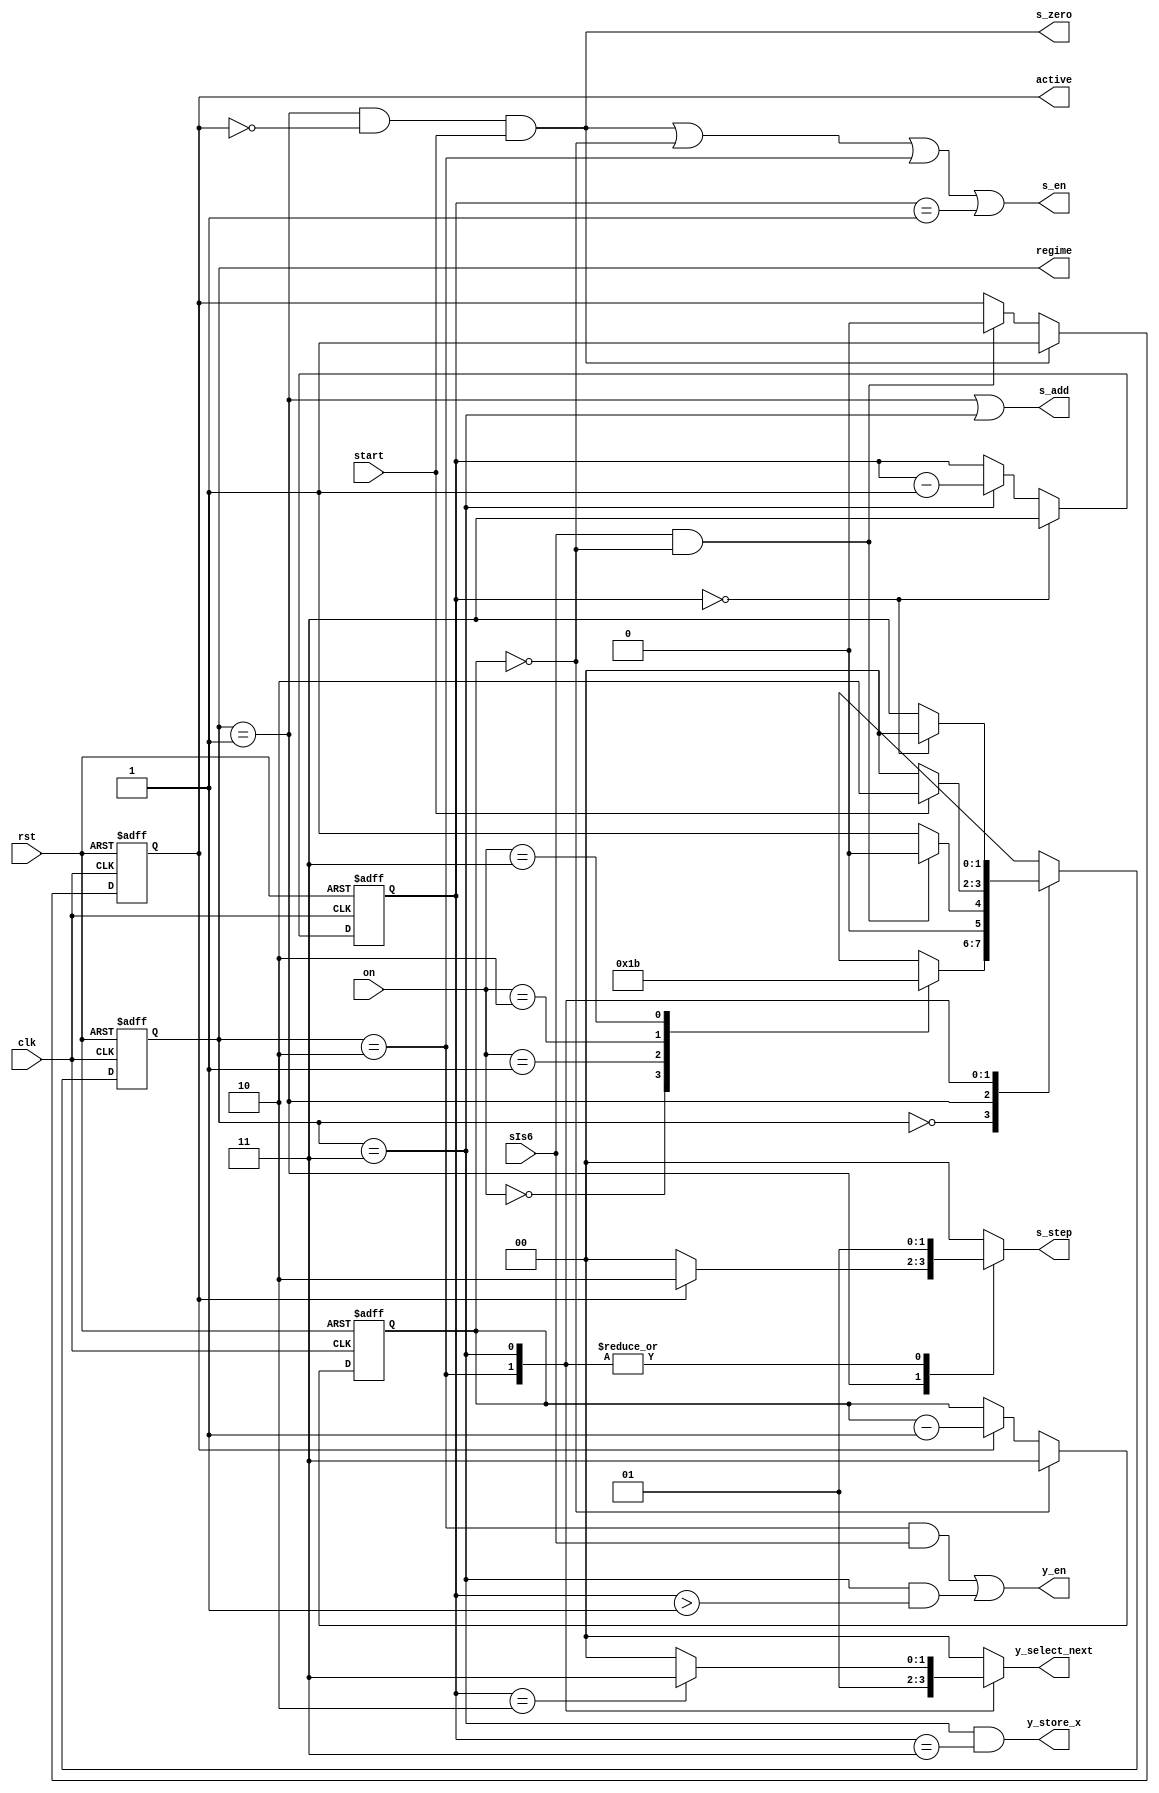
//             .
//          .   .
//          .   .
//       "reg"   .
module control_path(on, start, regime, active, y_select_next, s_step, y_en, s_en, y_store_x, s_add, s_zero, clk, rst, sIs6 /* , ... (    */);
  input [1:0] on;
  input start, clk, rst;
  output reg [1:0] regime;
  output reg active;
  output reg [1:0] y_select_next;
  output reg [1:0] s_step;
  output /* reg */ y_en;
  output /* reg */ s_en;
  output /* reg */ y_store_x;
  output /* reg */ s_add;
  output /* reg */ s_zero;
  
  /*     */

  input sIs6;
  
  localparam R0 = 2'd0, R1 = 2'd1, R2 = 2'd2, R3 = 2'd3; // regime
  localparam C_R3 = 2'd3, C_R1 = 2'd3; //     +   
  reg [1:0] next_regime; // regime
  reg [1:0] counter_r3; //    
  reg [1:0] counter_r1; //    
  reg next_active; //  active
  
  /*    */

  //  
  always @(posedge clk, posedge rst) begin
    if (rst) regime <= R0;
    else if (clk) regime <= next_regime;
  end

  //  
  always @(posedge clk, posedge rst) begin
    if (rst) active <= 0;
    else if(clk) active <= next_active;
  end

  //      (R3)
  always @(posedge clk, posedge rst) begin
    if (rst) counter_r3 <= C_R3;
    else if (counter_r3 == 0) counter_r3 <= C_R3;
    else if (regime == R3) counter_r3 <= counter_r3 - 2'd1;
    else counter_r3 <= counter_r3;
  end

  //      (R1)
  always @(posedge clk, posedge rst) begin
    if (rst) counter_r1 <= C_R1;
    else if(counter_r1 == 0) counter_r1 <= C_R1;
    else if(active) counter_r1 <= counter_r1 - 2'd1;
    else counter_r1 <= counter_r1;
  end

  //      (R3)     
  assign y_store_x = (regime == R3) && (counter_r3 == C_R3);

  //  
  always @(*) begin
    case(regime)
      R0: case(on)
        0: next_regime = R0;
        1: next_regime = R1;
        2: next_regime = R2;
        3: next_regime = R3;
        default: next_regime = R0;
      endcase
      R1: if (sIs6 && counter_r1 == 0) next_regime = R0;
      else next_regime = R1;
      R2: if (start == 0) next_regime = R0;
      else next_regime = R2;
      R3: if (counter_r3 == 0) next_regime = R0;
      else next_regime = R3;
      default next_regime = R0;
    endcase
  end

  //   
  always @(*) begin
    if (regime == R1 && active == 0 && start) next_active = 1'd1;
    else if (sIs6 && counter_r1 == 0) next_active = 0;
    else next_active = active;
  end

  // s_zero:  ,   s
  assign s_zero = regime == R1 && active == 0 && start;

  // s_step:    s
  always @(*) begin
    case(regime)
      R1: if (active) s_step = 2'd2;
      else s_step = 2'd0;
      R2: s_step = 2'd1;
      R3: s_step = 2'd1;
      default: s_step = 2'd0;
    endcase
  end

  // s_add:      s
  assign s_add = (regime == R1) || (regime == R3);

  // y_select_next:     y
  always @(*) begin
    case(regime)
      R2: y_select_next = 2'd1;
      R3: if (counter_r3 == 2'd2) y_select_next = 2'd3;
      else y_select_next = 2'd0;
      default: y_select_next = 2'd0;
    endcase
  end

  // s_en:    S- 
  assign s_en = (regime == R1 && active == 0 && start) || (counter_r1 == 0) || (regime == R2) || (counter_r3 == 2'd1);

  // y_en:    Y-
  assign y_en = (regime == R2 && sIs6) || (regime == R3 && counter_r3 > 2'd1);
  
endmodule